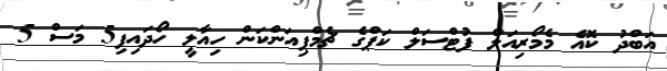
އަބްދު ކޮއެ މެމޯރިއަލް ފުޓްސަލް ކަޕްގެ ޗެމްޕިއަންކަން ހިއާލީ ހޯދައިފި5 މަސް 5